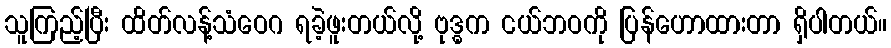
သူကြည့်ပြီး ထိတ်လန့်သံဝေဂ ရခဲ့ဖူးတယ်လို့ ဗုဒ္ဓက ငယ်ဘဝကို ပြန်ဟောထားတာ ရှိပါတယ်။